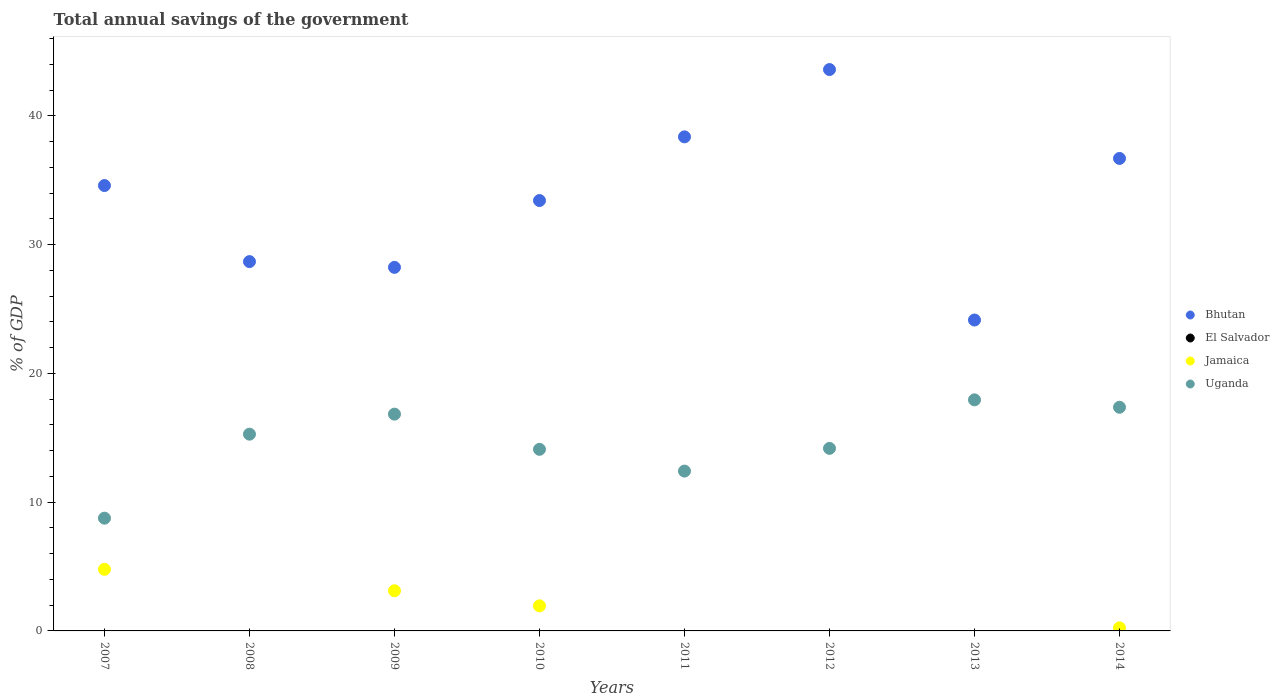
| Years | Bhutan | El Salvador | Jamaica | Uganda |
 | --- | --- | --- | --- | --- |
 | 2007 | 34.6 | -6.1 | 4.78 | 8.76 |
 | 2008 | 28.7 | -7.62 | -5.34 | 15.3 |
 | 2009 | 28.2 | -2.04 | 3.12 | 16.8 |
 | 2010 | 33.4 | -3.6 | 1.95 | 14.1 |
 | 2011 | 38.4 | -4.32 | -1.7 | 12.4 |
 | 2012 | 43.6 | -4.31 | -1.8 | 14.2 |
 | 2013 | 24.1 | -4.25 | -0.855 | 17.9 |
 | 2014 | 36.7 | -4.18 | 0.239 | 17.4 |